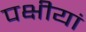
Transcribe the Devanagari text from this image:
पक्षीयां